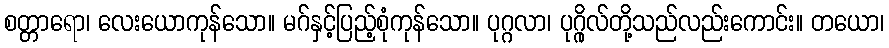
စတ္တာရော၊ လေးယောကုန်သော။ မဂ်နှင့်ပြည့်စုံကုန်သော။ ပုဂ္ဂလာ၊ ပုဂ္ဂိုလ်တို့သည်လည်းကောင်း။ တယော၊